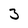
Character: 3